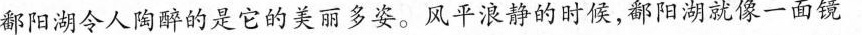
鄱阳湖令人陶醉的是它的美丽多姿。风平浪静的时候，鄱阳湖就像一面镜